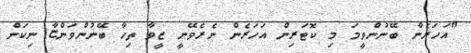
"އަހަރެން ބޭނުންވީމަ މި ކޮޓަރިން އަހަރެން ނެރެވޭނީ ޒީވާ ތިހާ ބޭނުންވަންޏާ ނިކަން